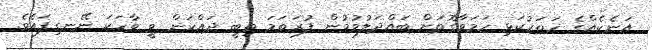
އަނެކެއްގެ ހަތަރުކަޅި ހަމަވާގޮތަށް ބައްދަލުވުމުން ފުރަތަމަ ތިބީ ދައްކަން ވީ ވާހަކަ ނޭނގިފައެވެ.